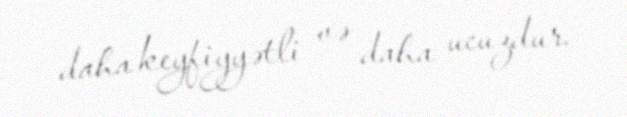
daha keyfiyyətli və daha ucuzdur.